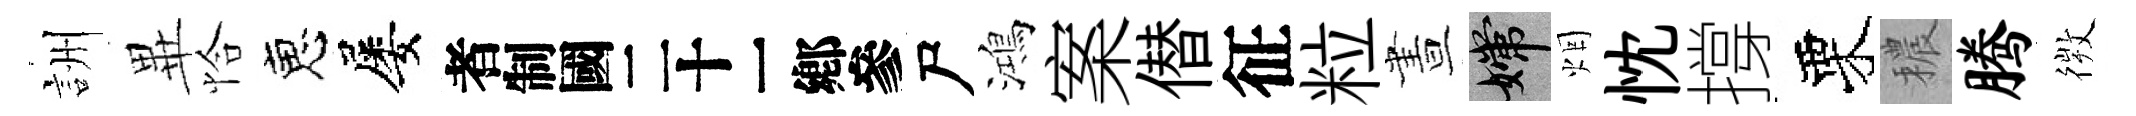
詶𭺾恰恵屡识尸鴻案僣征粒晝嫦烟忱撐栗穠腾𢕄